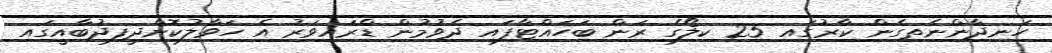
ހަނދާންނެތިގެން ކާރުގައި 25 ކިލޯގެ ރަން ބަހައްޓާފައި ދެވުމުން ޑްރައިވަރު އެ ހަވާލުކޮށްދީފިދުބާއީގައި